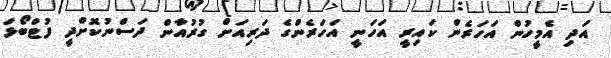
އަދި އެމީހުން އަހަރެން ކައިރީ އަހަނީ އަހަރެންގެ ދަރިއަށް ގުރުއާން ދަސްނުކޮށްދީ ފުޓްބޯޅަ